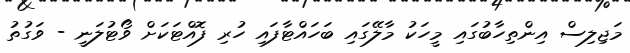
މަޖިލިސް އިންތިހާބުގައި މީހަކު މާލޭގައި ބަހައްޓާފައި ހުރި ފޮއްޓަކަށް ވޯޓުލަނީ - ވަގުތު